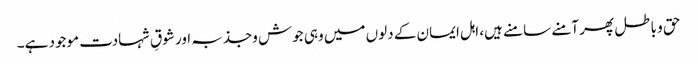
حق و باطل پھر آمنے سامنے ہیں، اہل ایمان کے دلوں میں وہی جوش وجذبہ اور شوقِ شہادت موجود ہے۔